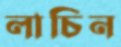
লাচিন